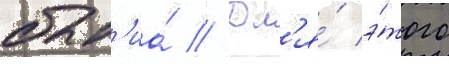
быт'иа́ // Дл'я́ э́того